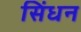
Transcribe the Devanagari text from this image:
सिंधन